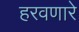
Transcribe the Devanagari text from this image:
हरवणारे